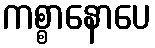
ကစ္စာနောပေ